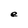
Character: e